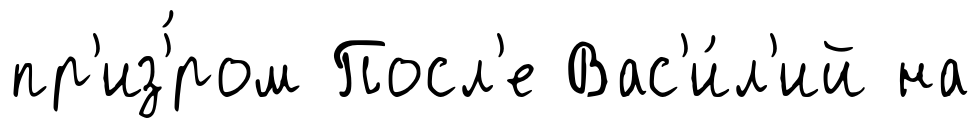
пр'из'́ром Посл'е Вас'и́л'ий на